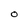
Character: O